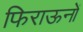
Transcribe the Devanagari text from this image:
फिराऊनों